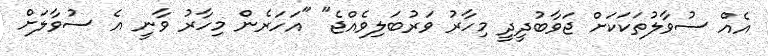
އެއް ސުވާލުތަކަކަށް ޖަވާބުދީދީ މިހާރު ވަރުބަލިވެއްޖެ" "އަހަރެން މިހާރު ވާނީ އެ ސުވާލަށް